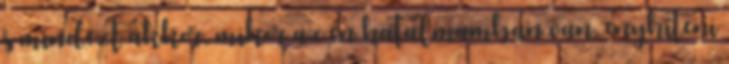
s mindezt akkor, mikor az én hatalmamban van, enyhíteni